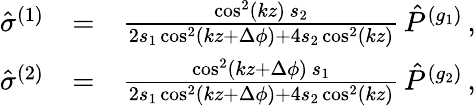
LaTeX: \begin{array}{rlr}{{\hat{\sigma}}^{(1)}}&{=}&{\frac{\cos^{2}(kz)\, s_{2}}{2s_{1}\cos^{2}(kz+\Delta\phi)+4s_{2}\cos^{2}(kz)}\, {\hat{P}}^{(g_{1})}\, ,}\\ {{\hat{\sigma}}^{(2)}}&{=}&{\frac{\cos^{2}(kz+\Delta\phi)\, s_{1}}{2s_{1}\cos^{2}(kz+\Delta\phi)+4s_{2}\cos^{2}(kz)}\, {\hat{P}}^{(g_{2})}\, ,}\end{array}